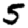
Digit: 5